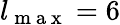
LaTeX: l_{\mathrm{~m~a~x~}}=6